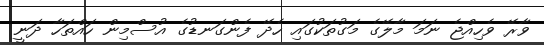
ވާރޭ ވެހިއްޖެ ނަމަ މާލޭގެ މަގުތަކުގައި ހެދޭ ފެންގަނޑުގެ އުސްމިން ހައްތަހާ ދަނީ